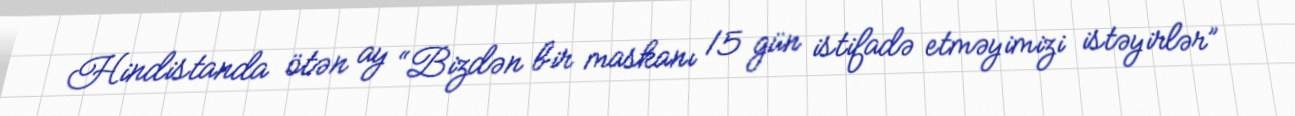
Hindistanda ötən ay “Bizdən bir maskanı 15 gün istifadə etməyimizi istəyirlər”